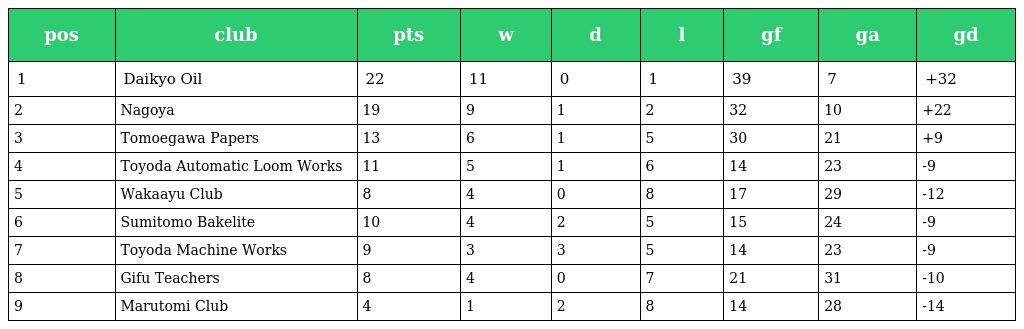
| pos | club | pts | w | d | l | gf | ga | gd |
 | --- | --- | --- | --- | --- | --- | --- | --- | --- |
 | 1 | Daikyo Oil | 22 | 11 | 0 | 1 | 39 | 7 | +32 |
 | 2 | Nagoya | 19 | 9 | 1 | 2 | 32 | 10 | +22 |
 | 3 | Tomoegawa Papers | 13 | 6 | 1 | 5 | 30 | 21 | +9 |
 | 4 | Toyoda Automatic Loom Works | 11 | 5 | 1 | 6 | 14 | 23 | -9 |
 | 5 | Wakaayu Club | 8 | 4 | 0 | 8 | 17 | 29 | -12 |
 | 6 | Sumitomo Bakelite | 10 | 4 | 2 | 5 | 15 | 24 | -9 |
 | 7 | Toyoda Machine Works | 9 | 3 | 3 | 5 | 14 | 23 | -9 |
 | 8 | Gifu Teachers | 8 | 4 | 0 | 7 | 21 | 31 | -10 |
 | 9 | Marutomi Club | 4 | 1 | 2 | 8 | 14 | 28 | -14 |